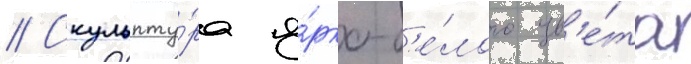
// Скульпту́ра я́рко-б'е́лого цв'е́та